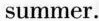
summer.